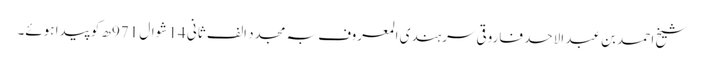
شیخ احمد بن عبد الاحد فاروقی سرہندی المعروف بہ مجدد الف ثانی 14 شوال 971ھ کو پیدا ہوئے۔